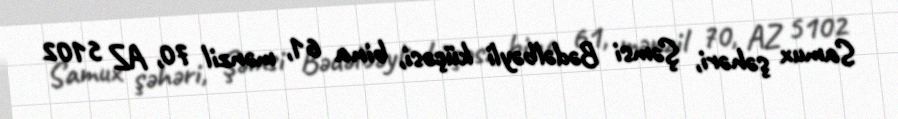
Samux şəhəri, Şəmsi Bədəlbəyli küçəsi, bina 61, mənzil 70, AZ 5102